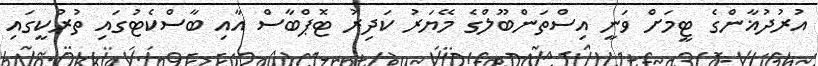
އުރުދުޣާންގެ ޓީމަށް ވަނީ އިސްތަންބޫލްގެ މޭޔަރު ކަދިރު ޓޮޕްބާސް އާއި ބާސްކެޓުގައި ތުރުކީގައި